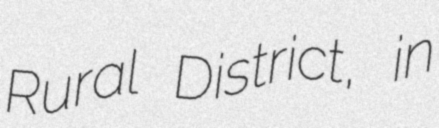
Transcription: Rural District, in